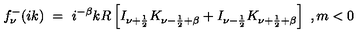
f _ { \nu } ^ { - } ( i k ) \ = \ i ^ { - \beta } k R \left[ I _ { \nu + \frac 1 2 } K _ { \nu - \frac 1 2 + \beta } + I _ { \nu - \frac 1 2 } K _ { \nu + \frac 1 2 + \beta } \right] \ , m < 0